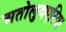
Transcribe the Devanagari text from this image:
अतोलुवएरिया